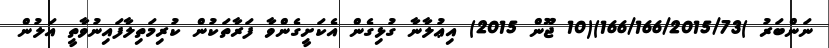
ނަންބަރު )166/166/2015/73)(10 ޖޫން 2015) އިޢުލާނާ ގުޅިގެން އެކަށީގެންވާ ފަރާތަކުން ކުރިމަތިލާފައިނުވާތީ އަލުން